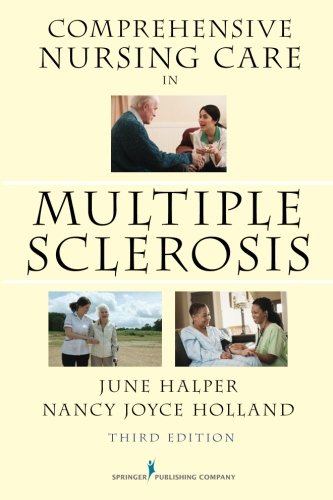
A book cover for Comprehensive Nursing Care in Multiple Sclerosis: Third Edition; June Halper MSN  APN-C  MSCN  FAAN; Health, Fitness & Dieting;